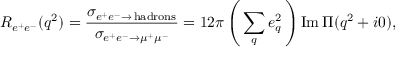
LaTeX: R _ { e ^ { + } e ^ { - } } ( q ^ { 2 } ) = \frac { \sigma _ { e ^ { + } e ^ { - } \to \, \mathrm { h a d r o n s } } } { \sigma _ { e ^ { + } e ^ { - } \to \mu ^ { + } \mu ^ { - } } } = 1 2 \pi \left( \, \sum _ { q } e _ { q } ^ { 2 } \, \right) \mathrm { I m } \, \Pi ( q ^ { 2 } + i 0 ) ,